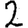
Digit: 2